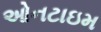
ઓનટાઇમ